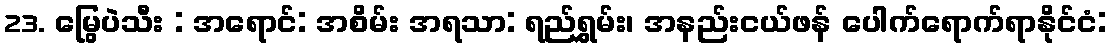
23. မြွေပဲသီး : အရောင်: အစိမ်း အရသာ: ရည်ရွှမ်း၊ အနည်းငယ်ဖန် ပေါက်ရောက်ရာနိုင်ငံ: